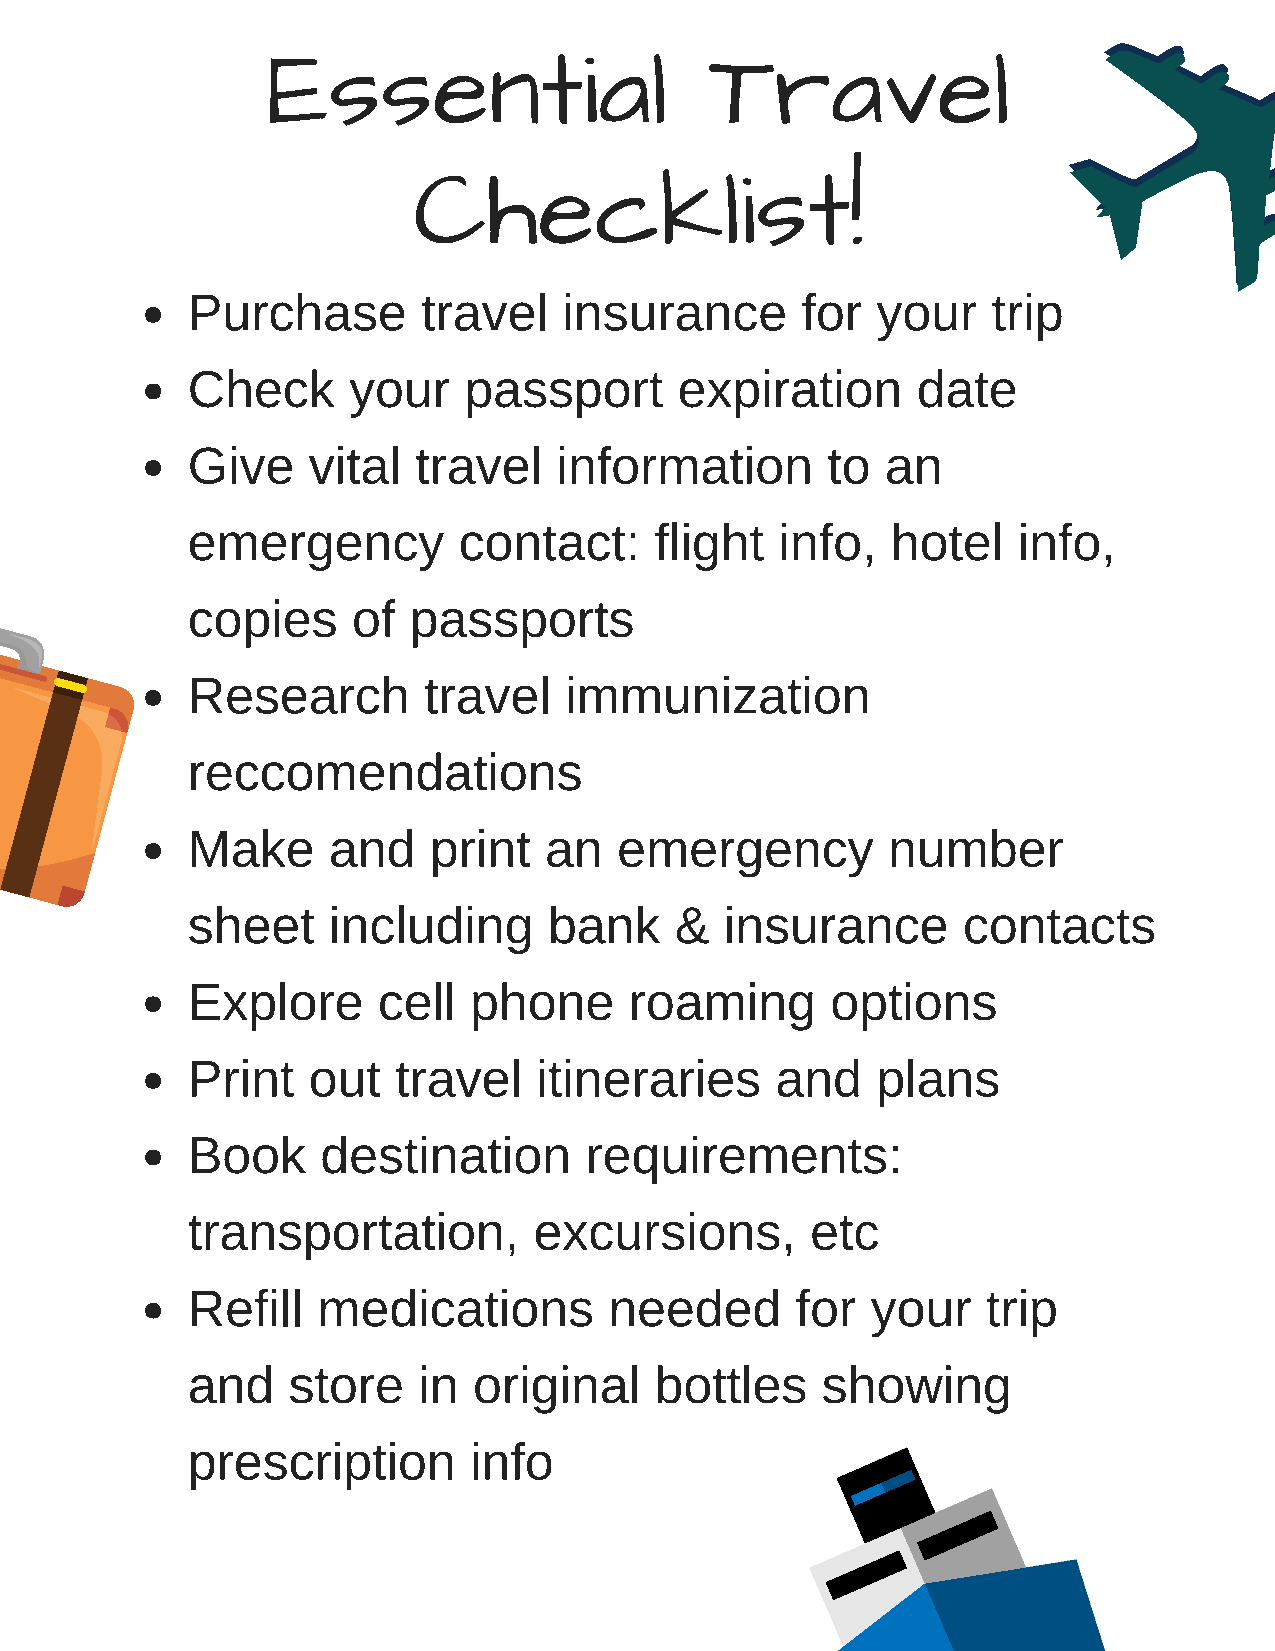
Essential                    Travel
 Checklist!
 Purchase        travel   insurance       for  your    trip
 Check      your    passport      expiration      date
 Give    vital  travel    information       to  an
 emergency         contact:     flight   info,  hotel   info,
 copies     of  passports
 Research        travel   immunization
 reccomendations
 Make      and   print   an   emergency         number
 sheet     including     bank     &  insurance       contacts
 Explore      cell  phone      roaming      options
 Print   out   travel    itineraries    and    plans
 Book     destination       requirements:
 transportation,        excursions,        etc
 Refill   medications        needed       for  your   trip
 and    store    in original    bottles    showing
 prescription       info